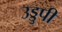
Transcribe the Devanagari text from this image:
उड्डुपी